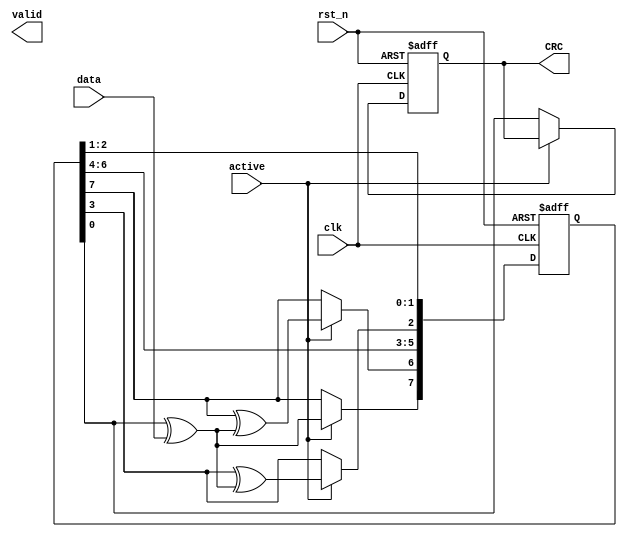
module CRC #(parameter data_width=8)(
input data,
input active,
input clk,rst_n,
output  valid,
output  reg CRC
);
reg [data_width-1:0]CRC_reg;
reg xor_0,xor_3,xor_7;



function xorr;
input a,b;
begin
xorr=a ^ b;
end
endfunction


always @(*) begin
   xor_0=xorr(CRC_reg[0],data);
   xor_3=xorr(CRC_reg[3],xor_0);
   xor_7=xorr(CRC_reg[7],xor_0);
end


always @(posedge clk ,negedge rst_n) begin  
    if(!rst_n)begin
        CRC_reg<=8'hD8;
        CRC<=0;
    end
    else if(active)begin
        CRC_reg[0]<= CRC_reg[1];
        CRC_reg[1]<= CRC_reg[2];
        CRC_reg[2]<= xor_3;
        CRC_reg[3]<= CRC_reg[4];
        CRC_reg[4]<= CRC_reg[5];
        CRC_reg[5]<= CRC_reg[6];
        CRC_reg[6]<= xor_7;
        CRC_reg[7]<= xor_0;          
    end
    else begin
        {CRC_reg[data_width-2:0],CRC}<=CRC_reg;
    end
end



endmodule